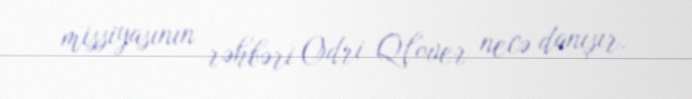
missiyasının rəhbəri Odri Qlover necə danışır.